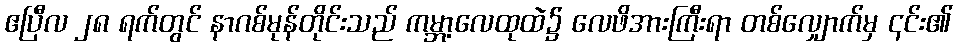
ဧပြီလ ၂၈ ရက်တွင် နာဂစ်မုန်တိုင်းသည် ကမ္ဘာ့လေထုထဲ၌ လေဖိအားကြီးရာ တစ်လျှောက်မှ ၎င်း၏